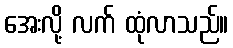
အေးလို့ လက် ထုံလာသည်။